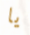
يا